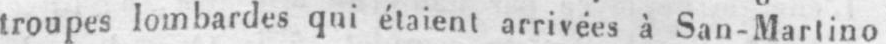
troupes lombardes qui étaient arrivées à San-Martino